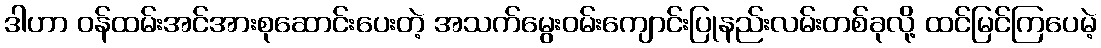
ဒါဟာ ဝန်ထမ်းအင်အားစုဆောင်းပေးတဲ့ အသက်မွေးဝမ်းကျောင်းပြုနည်းလမ်းတစ်ခုလို့ ထင်မြင်ကြပေမဲ့